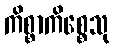
ကိစ္စာကိစ္စေသု